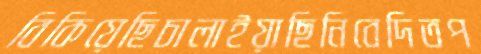
বিকিয়েছিচালাইয়াছিনিবেদিতপ